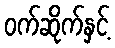
ဝက်ဆိုက်နှင့်